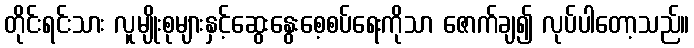
တိုင်းရင်းသား လူမျိုးစုများနှင့်ဆွေးနွေးစေ့စပ်ရေးကိုသာ ဇောက်ချ၍ လုပ်ပါတော့သည်။